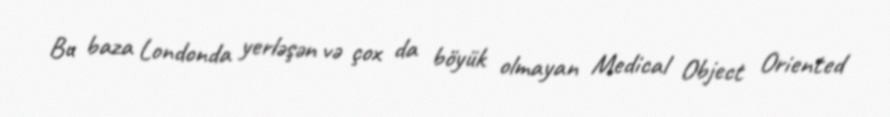
Bu baza Londonda yerləşən və çox da böyük olmayan Medical Object Oriented